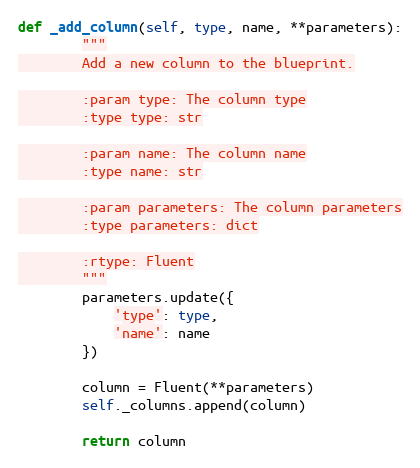
Language: Python
def _add_column(self, type, name, **parameters):
        """
        Add a new column to the blueprint.

        :param type: The column type
        :type type: str

        :param name: The column name
        :type name: str

        :param parameters: The column parameters
        :type parameters: dict

        :rtype: Fluent
        """
        parameters.update({
            'type': type,
            'name': name
        })

        column = Fluent(**parameters)
        self._columns.append(column)

        return column